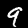
Label: 9